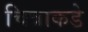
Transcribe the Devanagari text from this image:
चित्राकडे